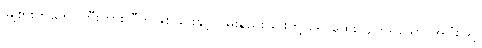
မြို့စားကတော်ကြီးကား ပီတိဖြစ်ခြင်းနှင့် ဝမ်းနည်းခြင်းတို့ ရောထွေးလျက်ရှိသော အပြုံးဖြင့်